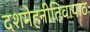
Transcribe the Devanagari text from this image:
दशमेहनीतिवापाठः